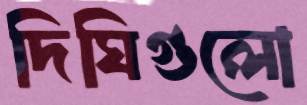
দিঘিগুলো